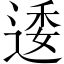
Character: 逶